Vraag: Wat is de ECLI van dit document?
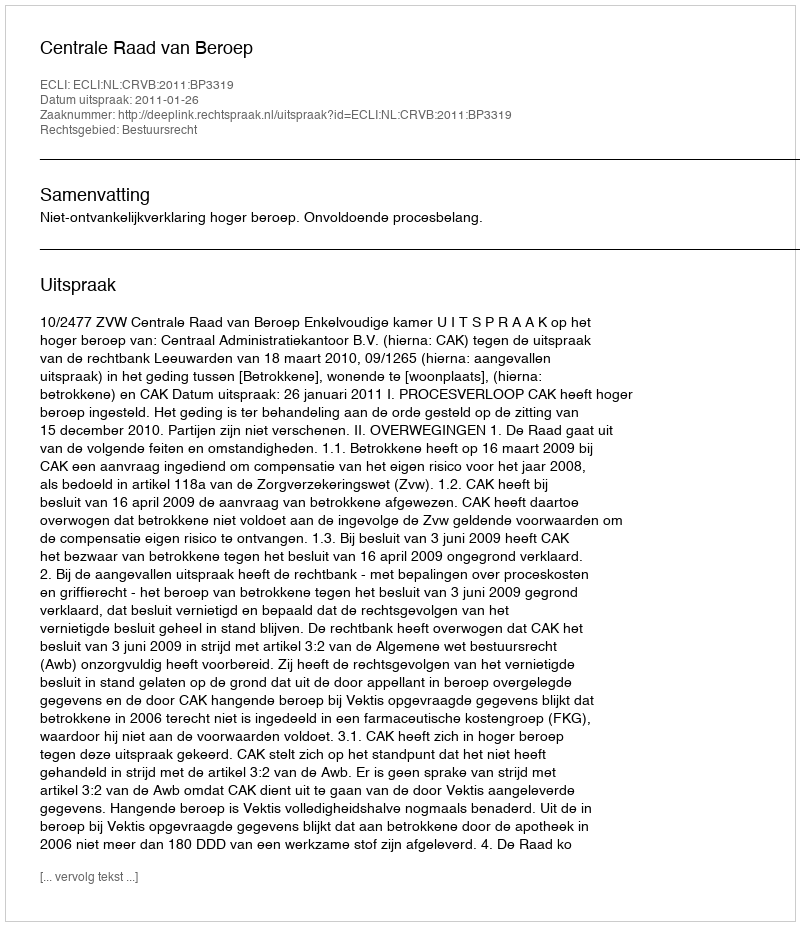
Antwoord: ECLI:NL:CRVB:2011:BP3319